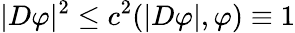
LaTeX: |D\varphi|^{2}\leq c^{2}(|D\varphi|,\varphi)\equiv 1